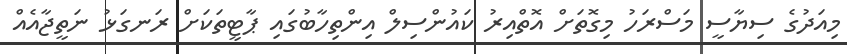
މިއަދުގެ ސިޔާސީ މަސްރަހު މިގޮތަށް އޮތްއިރު ކައުންސިލް އިންތިހާބުގައި ޕާޓީތަކަށް ރަނގަޅު ނަތީޖާއެއް